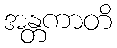
အန္တကာတိ